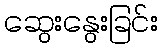
ဆွေးနွေးခြင်း